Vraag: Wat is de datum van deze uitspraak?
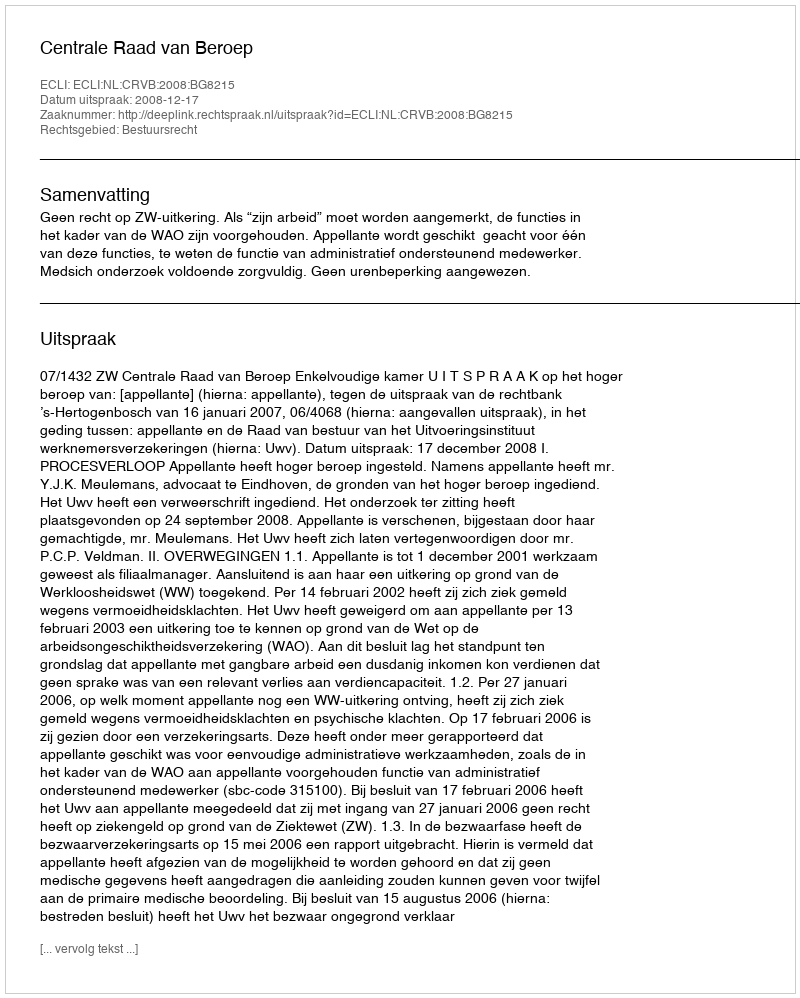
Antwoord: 2008-12-17